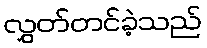
လွှတ်တင်ခဲ့သည်